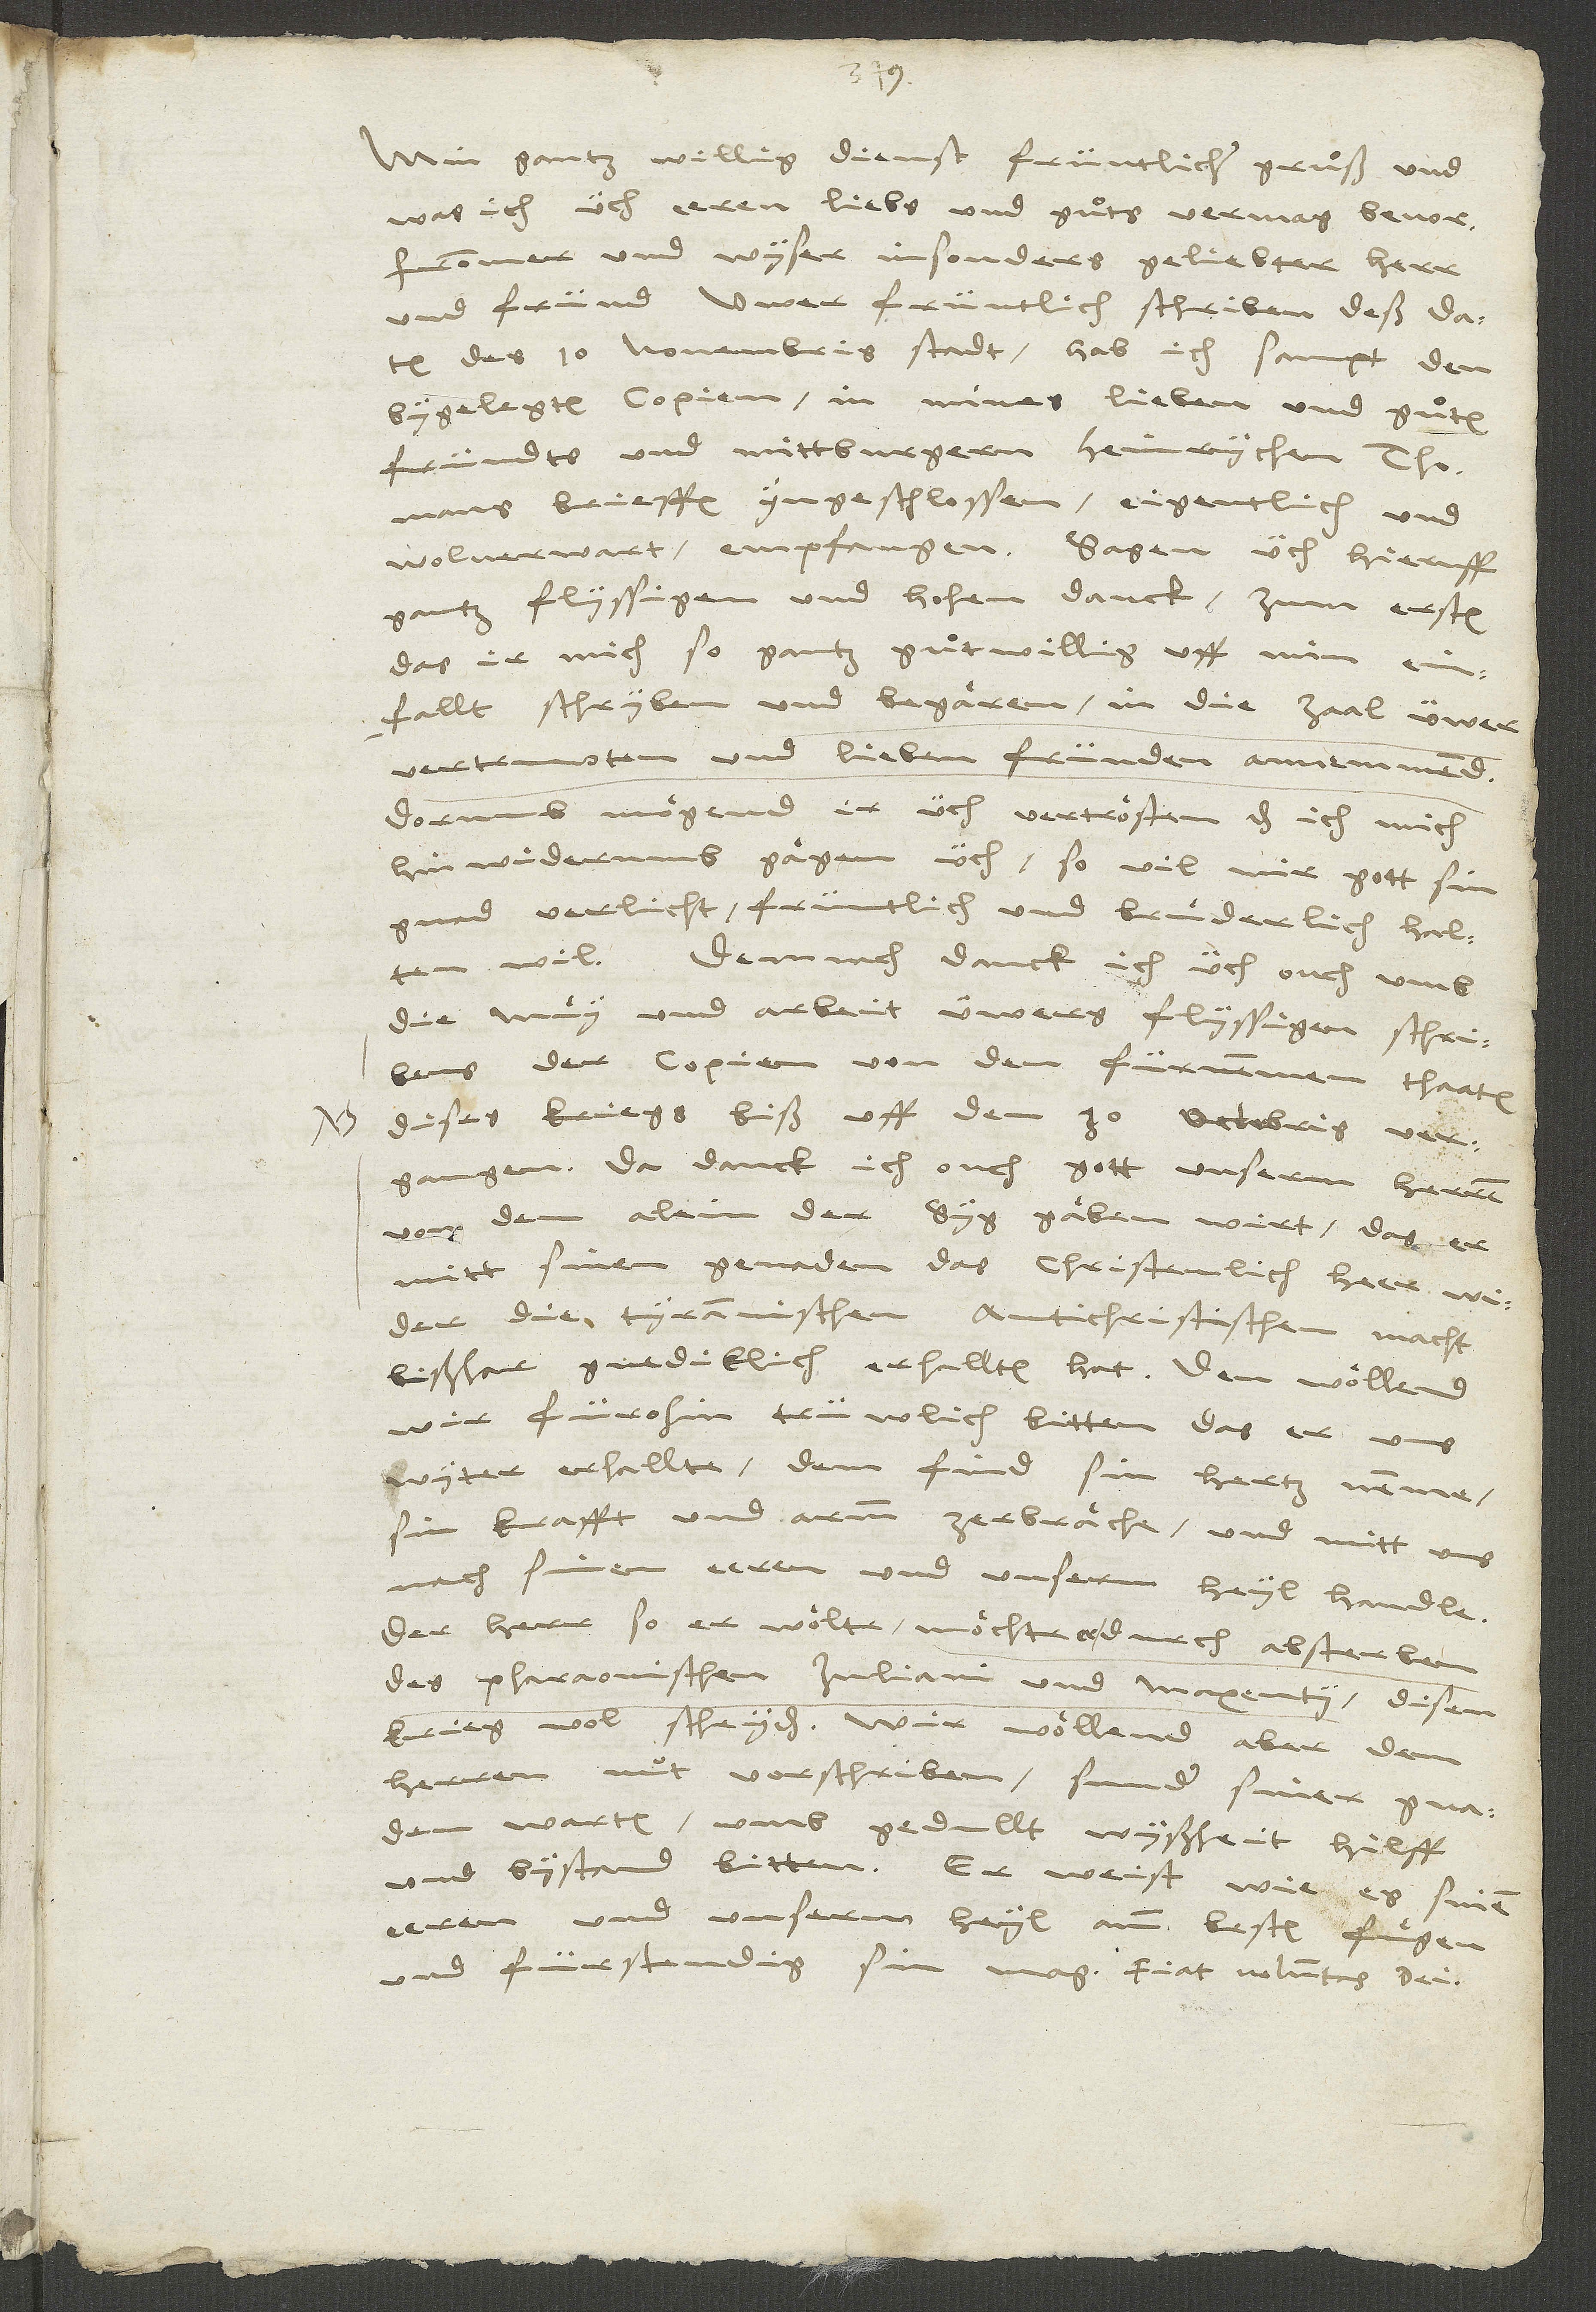
Min gantz willig dienst, früntlicher gruͦß und
was ich üch eeren, liebs und guͦts vermag, bevor,
frommer und wyser, insonders geliebter herr
und fründ! Uwer früntlich schriben, deß datum
des 10. novembris stadt, hab ich sampt den
bygelegten copien in mines lieben und guͦten
fründts und mittburgern Heinrychen Thomans
brieffen yngeschlossen eigentlich und
wolverwart empfangen. Sagen üch hieruff
gantz flyssigen und hohen danck, zum ersten,
das ir mich so gantz guͦtwillig uff min einfallt
schryben und begaͤren in die zaal üwer
vertruwten und lieben fründen annemmend.
Dorumb moͤgend ir üch vertroͤsten, das ich mich
hinwiderumb gaͤ gen üch, so vil mir gott sin
gnad verlicht, früntlich und bruͤderlich halten
wil. Demnach danck ich üch ouch umb
die muͤy und arbeit üwers flyssigen schribens
der copien von den fürnemmen thaaten
dises kriegs biß uff den 30. octobris vergangen.
Da danck ich ouch gott, unserm herren,
von dem alein der syg gaͤben wirt, das er
mitt sinen genaden das christenlich heer wider
die tyrannischen antichristischen macht
bißhar gnediklich erhallten hat. Den woͤllend
wir fürohin trüwlich bitten, das er uns
wyter erhallte, dem find sin hertz nemme,
sin krafft und armm zerbraͤche und mitt uns
nach sinen eeren und unserm heyl handle.
Der herr, so er woͤlte, moͤchte er durch absterben
des pharaonischen Juliani und Maxentii disen
krieg wol scheyden. Wir woͤllend aber dem
herren nut vorschriben, sunder siner gnaden
warten, umb gedullt, wyßheit, hilff
und bystand bitten. Er weist, wie es sinen
eeren und unserm heyl amm besten fuͤgen
und fürstendig sin mag. Fiat voluntas dei!